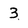
Character: 3